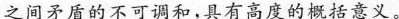
之间矛盾的不可调和，具有高度的概括意义。